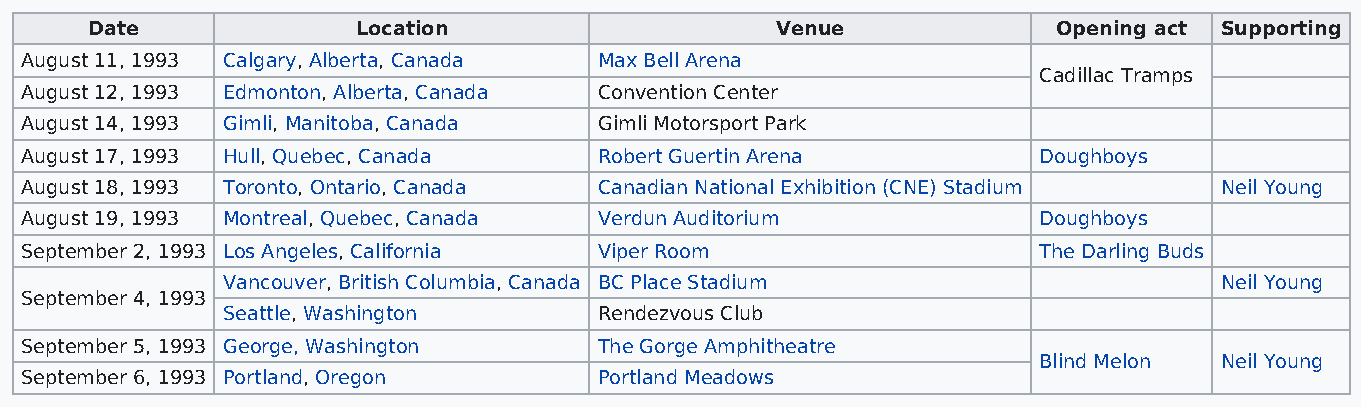
Date              Location                   Venue              Opening act Supporting
 August 11, 1993 Calgary, Alberta, Canada Max Bell Arena
 Cadillac Tramps
 August 12, 1993 Edmonton, Alberta, Canada Convention Center
 August 14, 1993 Gimli, Manitoba, Canada Gimli Motorsport Park
 August 17, 1993 Hull, Quebec, Canada   Robert Guertin Arena         Doughboys
 August 18, 1993 Toronto, Ontario, Canada Canadian National Exhibition (CNE) Stadium Neil Young
 August 19, 1993 Montreal, Quebec, Canada Verdun Auditorium          Doughboys
 September 2, 1993 Los Angeles, California Viper Room                The Darling Buds
 Vancouver, British Columbia, Canada BC Place Stadium              Neil Young
 September 4, 1993
 Seattle, Washington      Rendezvous Club
 September 5, 1993 George, Washington   The Gorge Amphitheatre
 Blind Melon Neil Young
 September 6, 1993 Portland, Oregon     Portland Meadows